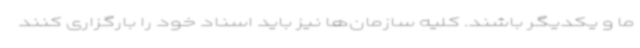
ما و یکدیگر باشند. کلیه سازمان‌ها نیز باید اسناد خود را بارگزاری کنند